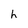
Character: h